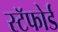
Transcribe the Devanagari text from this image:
स्टॅफोर्ड